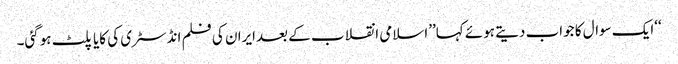
‘‘ایک سوال کا جواب دیتے ہوئے کہا’’اسلامی انقلاب کے بعدایران کی فلم انڈسٹری کی کایا پلٹ ہوگئی۔